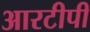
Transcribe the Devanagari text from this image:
आरटीपी